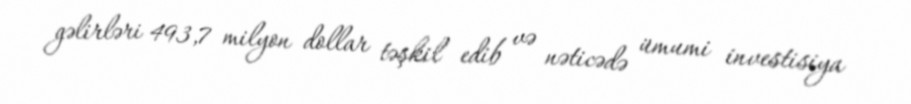
gəlirləri 493,7 milyon dollar təşkil edib və nəticədə ümumi investisiya